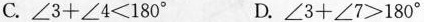
C.$$\ a n g l e 3 + \ a n g l e 4 ＜ 1 8 0 ^ { \ c i r c } $$ D.$$\ a n g l e 3 + \ a n g l e 7 ＞ 1 8 0 ^ { \ c i r c } $$